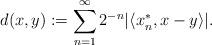
LaTeX: \begin{align*}d(x,y):=\sum_{n=1}^\infty 2^{-n}|\langle x^*_n,x-y\rangle|.\end{align*}